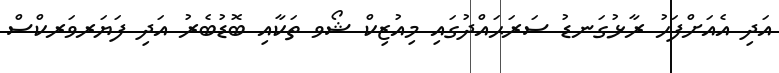
އަދި އެއަށްފަހު ރާޅުގަނޑު ސަރަޙައްދުގައި މިއުޒިކް ޝޯވ ތަކާއި ބޮޑުބެރު އަދި ފަޔަރވަރކްސް